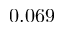
0 . 0 6 9